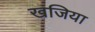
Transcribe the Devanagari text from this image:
खजिया